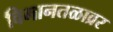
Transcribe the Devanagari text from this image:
विमानतळाव्रर